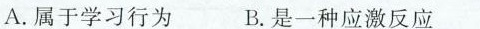
A.属于学习行为 B.是一种应激反应